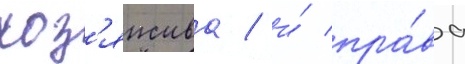
хоз'яиства / и́ пра́ва